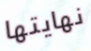
نهايتها